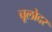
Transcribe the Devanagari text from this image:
चूलोदर